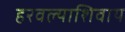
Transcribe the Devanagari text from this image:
हरवल्याशिवाय